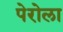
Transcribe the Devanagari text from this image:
पेरोला